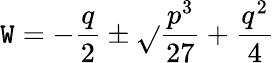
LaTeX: \mathtt{W}=-{\frac{{q}}{{2}}}\pm{\sqrt{}{{{\frac{{p^{3}}}{{27}}}+{\frac{{q^{2}}}{{4}}}}}}